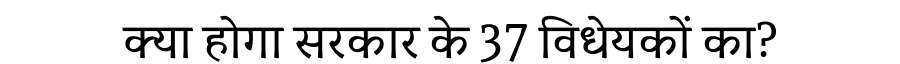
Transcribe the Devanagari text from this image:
क्या होगा सरकार के 37 विधेयकों का?